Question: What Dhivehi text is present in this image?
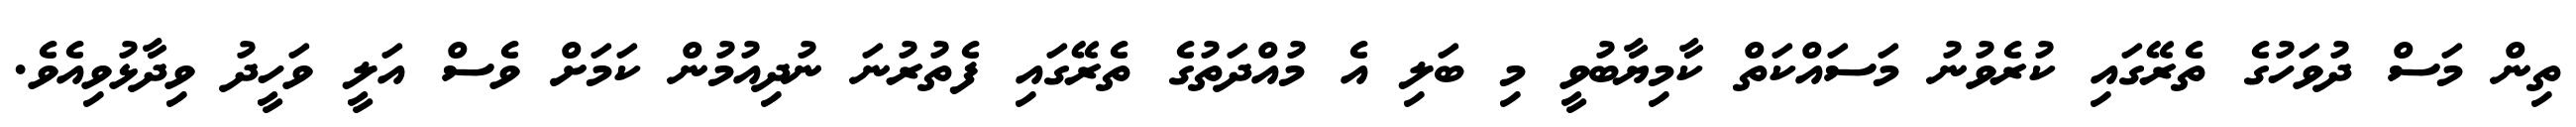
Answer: ތިން މަސް ދުވަހުގެ ތެރޭގައި ކުރެވުނު މަސައްކަތް ކާމިޔާބުވީ މި ބަލި އެ މުއްދަތުގެ ތެރޭގައި ފެތުރުނަ ނުދިއުމުން ކަމަށް ވެސް އަލީ ވަހީދު ވިދާޅުވިއެވެ.